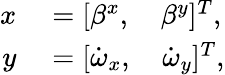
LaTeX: \begin{array}{rl}{x}&{{}=[\beta^{x},\quad\beta^{y}]^{T},}\\ {y}&{{}=[\dot{\omega}_{x},\quad\dot{\omega}_{y}]^{T},}\end{array}